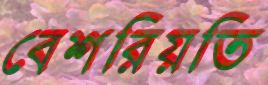
বেশরিয়তি